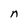
Character: n